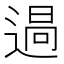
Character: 𮞪